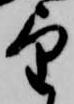
望